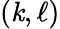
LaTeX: (\mathit{k},\ell)